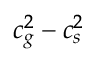
c _ { g } ^ { 2 } - c _ { s } ^ { 2 }